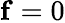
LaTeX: \mathbf{f}=0